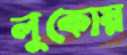
লুকোয়